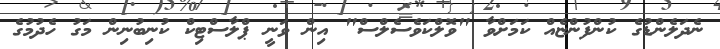
ނެދަލެންޑުގެ ކުންފުންޏެއް ކަމަށްވާ "ވޮލްކަވެސެލްސް" އިން ވަނީ ޕްލާސްޓިކް ކުނިބުނިން މަގު ހެދުމުގެ